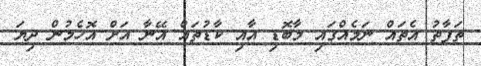
ތަފާތު އެތައް ނަމެއްގައި މާބޮޑި އާއި ކާޑުތައް އޭނާ އަށް އޮހެމުން ދިޔަ